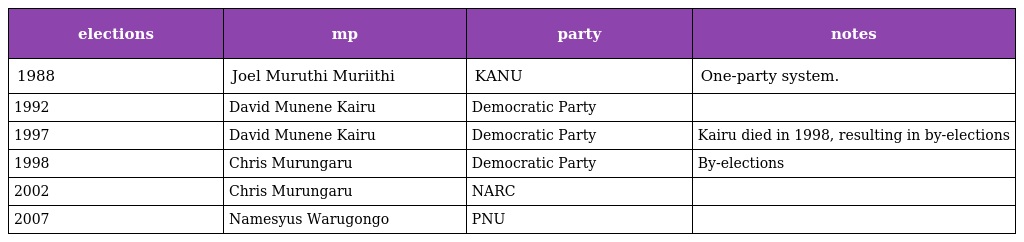
| elections | mp | party | notes |
 | --- | --- | --- | --- |
 | 1988 | Joel Muruthi Muriithi | KANU | One-party system. |
 | 1992 | David Munene Kairu | Democratic Party |  |
 | 1997 | David Munene Kairu | Democratic Party | Kairu died in 1998, resulting in by-elections |
 | 1998 | Chris Murungaru | Democratic Party | By-elections |
 | 2002 | Chris Murungaru | NARC |  |
 | 2007 | Namesyus Warugongo | PNU |  |